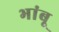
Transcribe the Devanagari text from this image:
भांबू